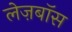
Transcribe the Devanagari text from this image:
लेज़बॉस